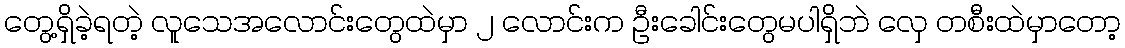
တွေ့ရှိခဲ့ရတဲ့ လူသေအလောင်းတွေထဲမှာ ၂ လောင်းက ဦးခေါင်းတွေမပါရှိဘဲ လှေ တစီးထဲမှာတော့